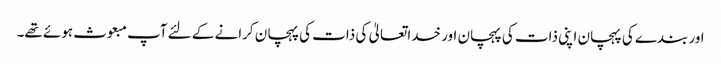
اور بندے کی پہچان اپنی ذات کی پہچان اور خداتعالیٰ کی ذات کی پہچان کرانے کے لئے آپ مبعوث ہوئے تھے۔